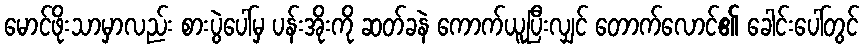
မောင်ဖိုးသာမှာလည်း စားပွဲပေါ်မှ ပန်းအိုးကို ဆတ်ခနဲ ကောက်ယူပြီးလျှင် တောက်လောင်၏ ခေါင်းပေါ်တွင်